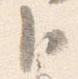
臣